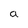
Character: a